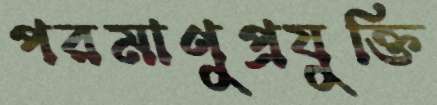
পরমাণুপ্রযুক্তি